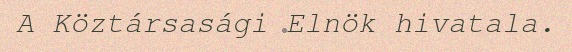
A Köztársasági Elnök hivatala.